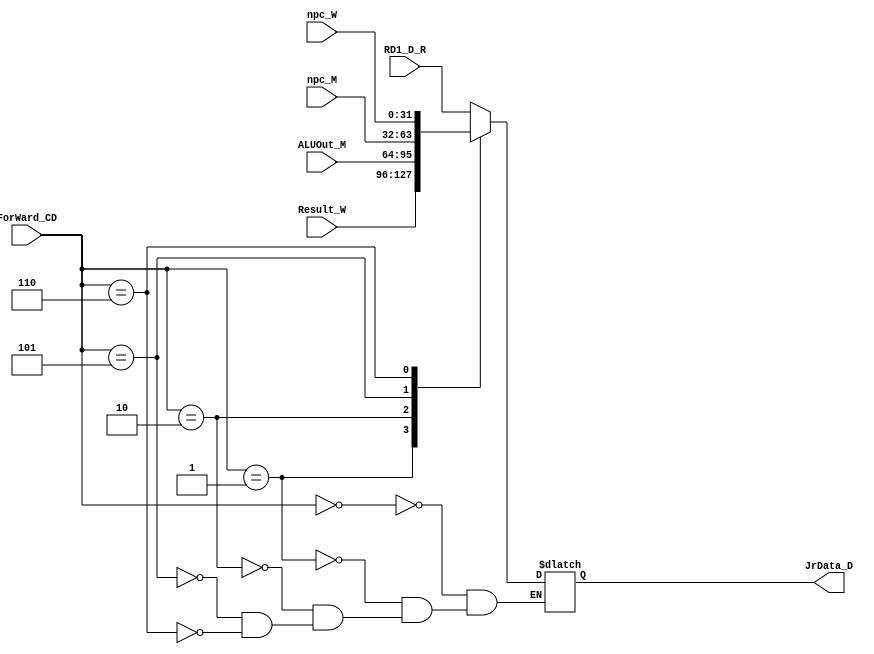
`timescale 1ns / 1ps
//////////////////////////////////////////////////////////////////////////////////
// Company: 
// Engineer: 
// 
// Design Name: 
// Module Name:    JR 
// Project Name: 
// Target Devices: 
// Tool versions: 
// Description: 
//
// Dependencies: 
//
// Revision: 
// Revision 0.01 - File Created
// Additional Comments: 
//
//////////////////////////////////////////////////////////////////////////////////
module JR(
    input [31:0] RD1_D_R,
	 input [31:0] Result_W,
	 input [31:0] ALUOut_M,
	 input [31:0] npc_M,
	 input [31:0] npc_W,
	 input [2:0] ForWard_CD,
	 output reg [31:0] JrData_D);
	 always @ (*)
		begin
			case(ForWard_CD)
			3'b000:JrData_D <= RD1_D_R;
			3'b001:JrData_D<= Result_W;
			3'b010:JrData_D<= ALUOut_M;
			3'b101:JrData_D<= npc_M;
			3'b110:JrData_D<= npc_W;
			endcase
		end
endmodule